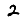
Digit: 2